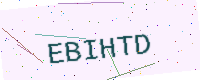
Text: EBIHTD